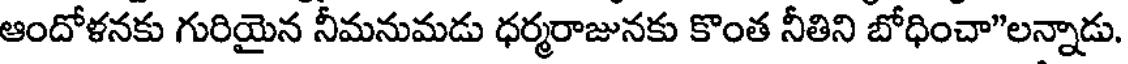
ఆందోళనకు గురియైన నీమనుమడు ధర్మరాజునకు కొంత నీతిని బోధించా"లన్నాడు